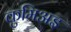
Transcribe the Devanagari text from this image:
कुमिअइ